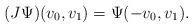
\begin{align*}(J \Psi)(v_0, v_1) = \Psi (-v_0, v_1). \end{align*}